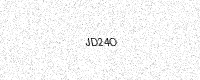
Text: JD24O